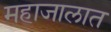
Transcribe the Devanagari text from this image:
महाजालात